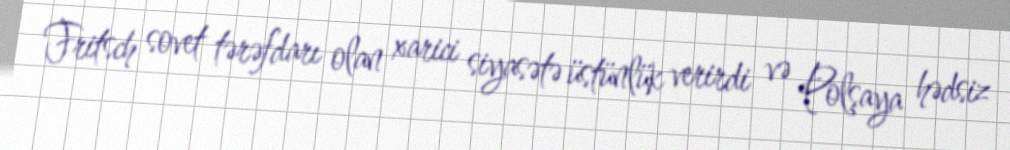
Fritsch sovet tərəfdarı olan xarici siyasətə üstünlük verirdi və Polşaya hədsiz